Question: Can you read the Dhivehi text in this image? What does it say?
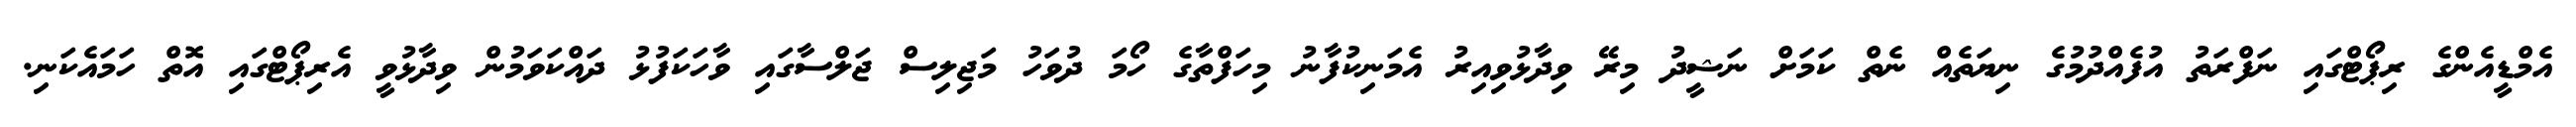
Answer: އެމްޑީއެންގެ ރިޕޯޓްގައި ނަފްރަތު އުފެއްދުމުގެ ނިޔަތެއް ނެތް ކަމަށް ނަޝީދު މިރޭ ވިދާޅުވިއިރު އެމަނިކުފާނު މިހަފްތާގެ ހޯމަ ދުވަހު މަޖިލިސް ޖަލްސާގައި ވާހަކަފުޅު ދައްކަވަމުން ވިދާޅުވީ އެރިޕޯޓްގައި އޮތް ހަމައެކަނި.